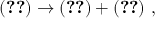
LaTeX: ( \ref { z e r o f } ) \rightarrow ( \ref { z e r o f } ) + ( \ref { s z e r o f } ) ~ ,